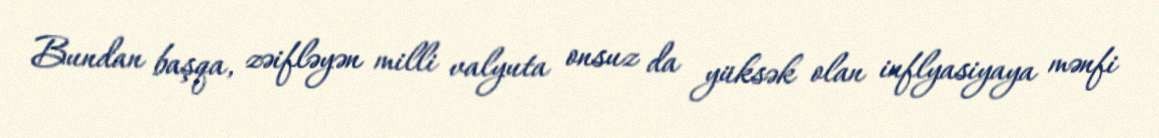
Bundan başqa, zəifləyən milli valyuta onsuz da yüksək olan inflyasiyaya mənfi